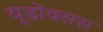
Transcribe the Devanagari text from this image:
यूडोक्सस